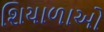
શિયાળાઓ